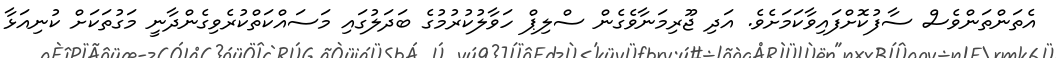
އެތަންތަންވެސް ސާފުކޮށްފައިވާކަމަށެވެ. އަދި ޖޫރިމަނާވެގެން ސްލިޕް ހަވާލުކުރުމުގެ ބަދަލުގައި މަސައްކަތްކުރެވިގެންދާނީ މަގުތަކަށް ކުނިއަޅާ